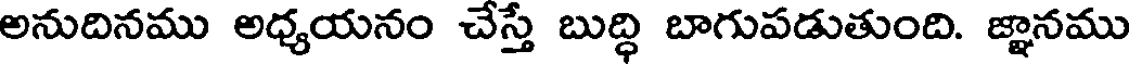
అనుదినము అధ్యయనం చేస్తే బుద్ధి బాగుపడుతుంది. జ్ఞానము